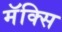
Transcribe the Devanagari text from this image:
मॅक्सि